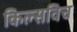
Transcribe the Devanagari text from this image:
किल्सविच